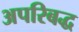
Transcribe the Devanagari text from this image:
अपरिबद्ध